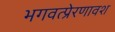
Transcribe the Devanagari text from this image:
भगवत्प्रेरणावश